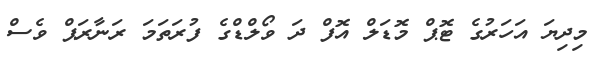
މިދިޔަ އަހަރުގެ ޓޮޕް މޮޑަލް އޮފް ދަ ވޯލްޑްގެ ފުރަތަމަ ރަނާރަޕް ވެސް